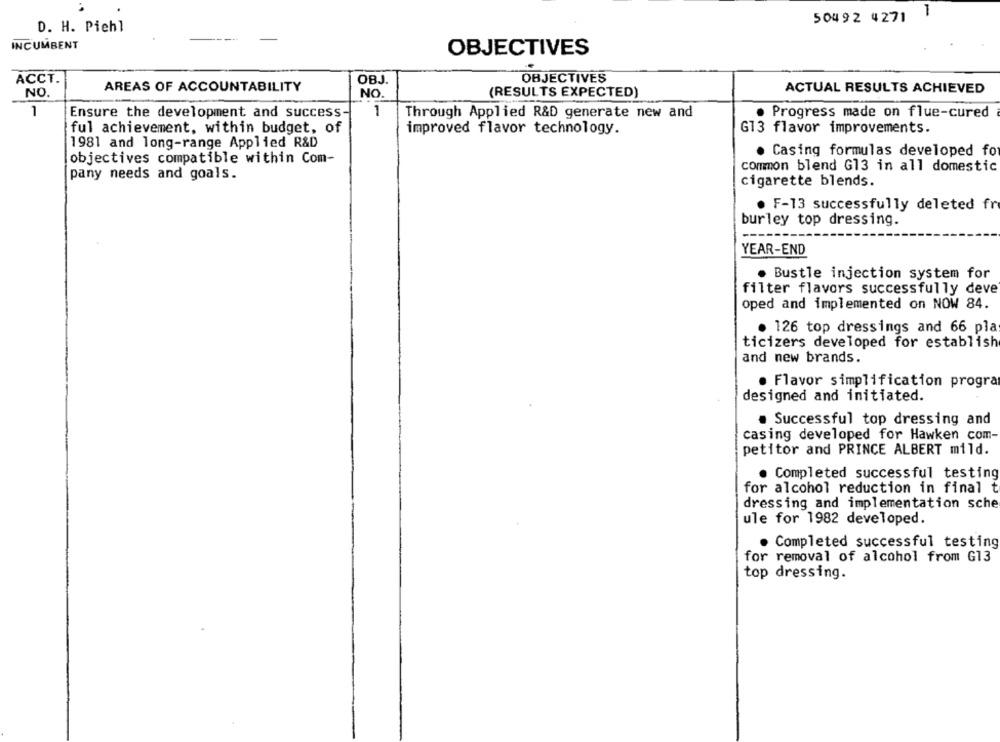
1
50492 4271
D. H. Piehl
INCUMBENT
OBJECTIVES
ACCT.
OBJ.
OBJECTIVES
AREAS OF ACCOUNTABILITY
ACTUAL RESULTS ACHIEVED
NO.
NO.
(RESULTS EXPECTED)
1
1
Ensure the development and success
Through Applied R&D generate new and
. Progress made on flue-cured
ful achievement, within budget, of
improved flavor technology.
G13 flavor improvements.
1981 and long-range Applied R&D
. Casing formulas developed for
objectives compatible within Com-
common blend G13 in all domestic
pany needs and goals.
cigarette blends.
. F-13 successfully deleted fr
burley top dressing.
YEAR-END
. Bustle injection system for
filter flavors successfully deve
oped and implemented on NOW 84.
. 126 top dressings and 66 pla
ticizers developed for establish
and new brands.
. Flavor simplification progra
designed and initiated.
. Successful top dressing and
casing developed for Hawken com-
petitor and PRINCE ALBERT mild.
. Completed successful testing
for alcohol reduction in final t
dressing and implementation sche
ule for 1982 developed.
Completed successful testing
for removal of alcohol from G13
top dressing.